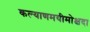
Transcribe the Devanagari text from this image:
कल्याणमयीमोक्षदा